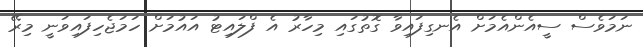
ނަމަވެސް ސީއެންއެމަށް އެނގިފައިވާ ގޮތުގައި މިހާރު އެ ފްލައިޓު އައުމަށް ހަމަޖެހިފައިވަނީ މިރޭ